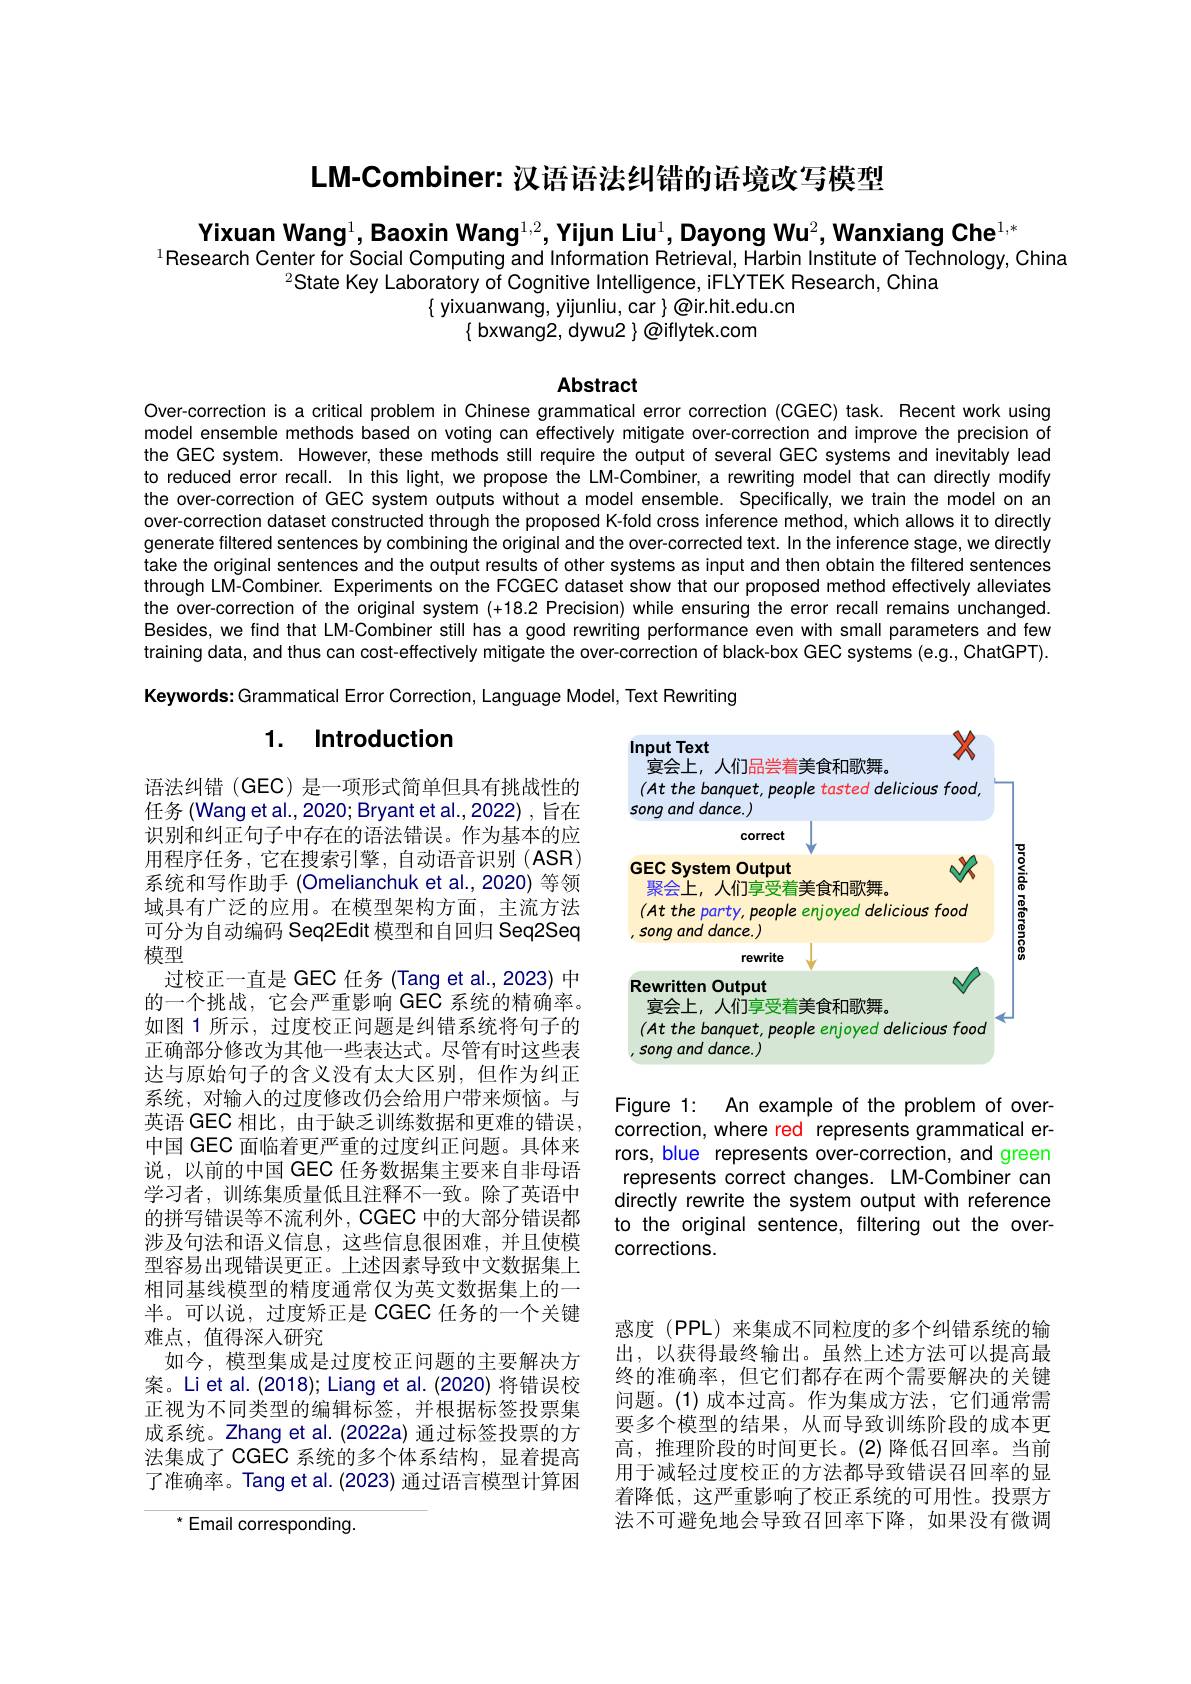
LM-Combiner: 汉语语法纠错的语境改写模型

# Yixuan Wang$^1$,Baoxin Wang$^{1,2}$,Yijun Liu$^1$,Dayong Wu$^2$,Wanxiang Che$^1,*$ $^{1}$Research Center for Social Computing and Information Retrieval, Harbin Institute of Technology, China $^{2}$State Key Laboratory of Cognitive Intelligence, iFLYTEK Research, China $\{$ yixuanwang, yijunliu, car $\}\textcircled{\mathrm{o}}$ir.hit.edu.cn $\{$ bxwang2, dywu2 $\}\textcircled{\text{oiflytek.com}}$

Abstract

Over-correction is a critical problem in Chinese grammatical error correction (CGEC) task. Recent work using model ensemble methods based on voting can effectively mitigate over-correction and improve the precision of the GEC system. However, these methods still require the output of several GEC systems and inevitably lead to reduced error recall. In this light, we propose the LM-Combiner, a rewriting model that can directly modify the over-correction of GEC system outputs without a model ensemble. Specifically, we train the model on an over-correction dataset constructed through the proposed K-fold cross inference method, which allows it to directly generate filtered sentences by combining the original and the over-corrected text. In the inference stage, we directly take the original sentences and the output results of other systems as input and then obtain the filtered sentences through LM-Combiner. Experiments on the FCGEC dataset show that our proposed method effectively alleviates the over-correction of the original system (+18.2 Precision) while ensuring the error recall remains unchanged. Besides, we find that LM-Combiner still has a good rewriting performance even with small parameters and few training data, and thus can cost-effectively mitigate the over-correction of black-box GEC systems (e.g, ChatGPT). Keywords: Grammatical Error Correction, Language Model, Text Rewriting

# 1. Introduction

<FigureHere>

语法纠错(GEC)是一项形式简单但具有挑战性的任务 (Wang et al., 2020; Bryant et al., 2022) , 旨在识别和纠正句子中存在的语法错误。作为基本的应用程序任务，它在搜索引擎，自动语音识别(ASR) 系统和写作助手 (Omelianchuk et al.,2020) 等领域具有广泛的应用。在模型架构方面，主流方法可分为自动编码 Seq2Edit 模型和自回归 Seq2Seq 模型
过校正一直是 GEC 任务 (Tang et al., 2023) 中的一个挑战，它会严重影响 GEC 系统的精确率。如图 1 所示，过度校正问题是纠错系统将句子的正确部分修改为其他一些表达式。尽管有时这些表达与原始句子的含义没有太大区别，但作为纠正系统，对输入的过度修改仍会给用户带来烦恼。与英语 GEC 相比，由于缺乏训练数据和更难的错误， 中国 GEC 面临着更严重的过度纠正问题。具体来说，以前的中国 GEC 任务数据集主要来自非母语学习者，训练集质量低且注释不一致。除了英语中的拼写错误等不流利外，CGEC 中的大部分错误都涉及句法和语义信息，这些信息很困难，并且使模型容易出现错误更正。上述因素导致中文数据集上相同基线模型的精度通常仅为英文数据集上的一半。可以说，过度矫正是 CGEC 任务的一个关键难点，值得深入研究
如今，模型集成是过度校正问题的主要解决方案。Li et al. (2018); Liang et al. (2020) 将错误校正视为不同类型的编辑标签，并根据标签投票集成系统。Zhang et al.(2022a) 通过标签投票的方法集成了 CGEC 系统的多个体系结构，显着提高了准确率。Tang et al. (2023) 通过语言模型计算困

An example of the problem of over-
Figure 1:
correction, where red represents grammatical errors, blue represents over-correction, and green represents correct changes. LM-Combiner can directly rewrite the system output with reference to the original sentence, filtering out the overcorrections.

惑度 (PPL)来集成不同粒度的多个纠错系统的输出，以获得最终输出。虽然上述方法可以提高最终的准确率，但它们都存在两个需要解决的关键问题。(1)成本过高。作为集成方法，它们通常需要多个模型的结果，从而导致训练阶段的成本更高，推理阶段的时间更长。(2)降低召回率。当前用于减轻过度校正的方法都导致错误召回率的显着降低，这严重影响了校正系统的可用性。投票方法不可避免地会导致召回率下降，如果没有微调

$^{*}$Email corresponding.